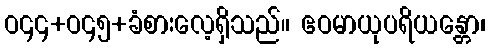
ဝ၄၄+ဝ၄၅+ခံစားလေ့ရှိသည်။ ဧဝမာယုပရိယန္တော၊